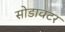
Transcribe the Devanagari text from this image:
सोडावटर